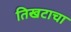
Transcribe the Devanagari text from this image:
तिखटाचा